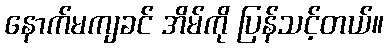
နောက်မကျခင် အိမ်ကို ပြန်သင့်တယ်။